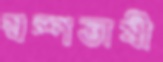
স্বল্পভাষী